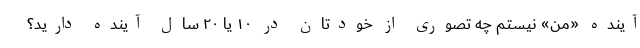
آینده «من» نیستم چه تصوری از خودتان در ۱۰ یا ۲۰ سال آینده دارید؟